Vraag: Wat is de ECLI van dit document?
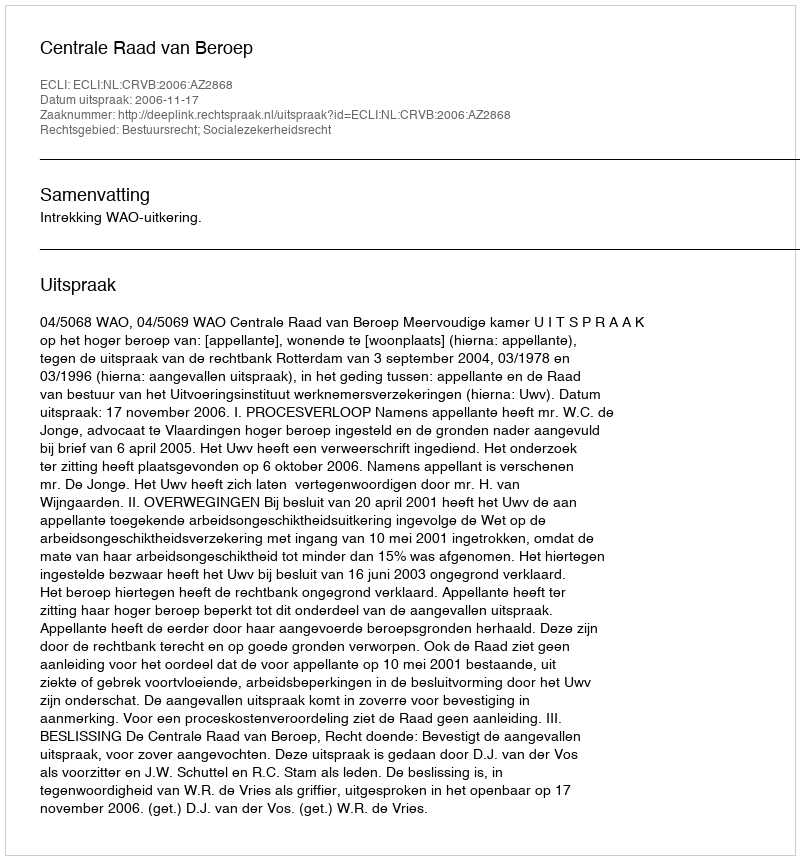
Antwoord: ECLI:NL:CRVB:2006:AZ2868